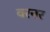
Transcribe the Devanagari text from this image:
वरनर